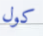
كول